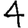
Digit: 4